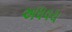
અધવચ